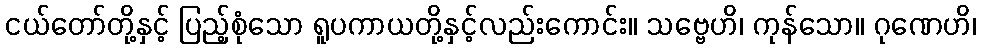
ငယ်တော်တို့နှင့် ပြည့်စုံသော ရူပကာယတို့နှင့်လည်းကောင်း။ သဗ္ဗေဟိ၊ ကုန်သော။ ဂုဏေဟိ၊